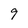
Character: 9